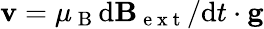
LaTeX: \mathbf{v}=\mu_{\mathrm{~B~}}\textrm{d}{\mathbf{B}_{\mathrm{~e~x~t~}}}/\textrm{d}{t}\cdot\mathbf{g}